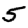
Digit: 5